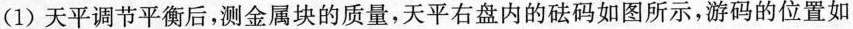
(1)天平调节平衡后，测金属块的质量，天平右盘内的砝码如图所示，游码的位置如